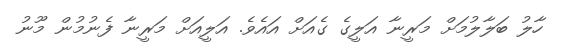
ހާލު ބަލާލުމަށް މަރީނާ އަލީގެ ގެއަށް އައެވެ. އަލީއަށް މަރީނާ ފެނުމުން މޫނު